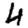
Digit: 4